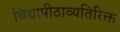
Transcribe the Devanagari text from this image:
विद्यापीठाव्यतिरिक्त